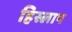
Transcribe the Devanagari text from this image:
हिस्लाप